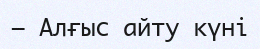
— Алғыс айту күні